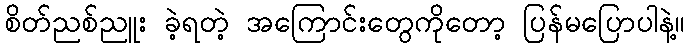
စိတ်ညစ်ညူး ခဲ့ရတဲ့ အကြောင်းတွေကိုတော့ ပြန်မပြောပါနဲ့။